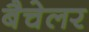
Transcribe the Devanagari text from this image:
बैचेलर